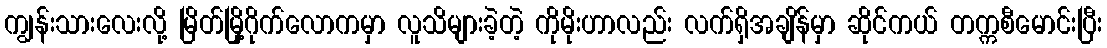
ကျွန်းသားလေးလို့ မြိတ်မြို့ဂိုက်လောကမှာ လူသိများခဲ့တဲ့ ကိုမိုးဟာလည်း လက်ရှိအချိန်မှာ ဆိုင်ကယ် တက္ကစီမောင်းပြီး